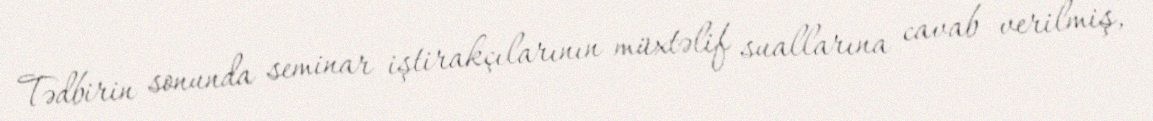
Tədbirin sonunda seminar iştirakçılarının müxtəlif suallarına cavab verilmiş,